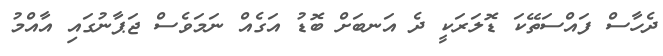
ދެހާސް ފައްސަތޭކަ ޑޮލަރަކީ ދެ އަނބަށް ބޮޑު އަގެއް ނަމަވެސް ޖަޕާނުގައި އާއްމު